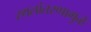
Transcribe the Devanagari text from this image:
स्थलांतरणामुळे